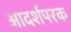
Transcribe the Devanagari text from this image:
आदर्शपरक